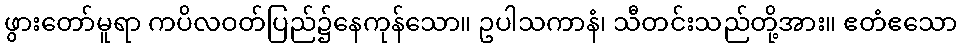
ဖွားတော်မူရာ ကပိလဝတ်ပြည်၌နေကုန်သော။ ဥပါသကာနံ၊ သီတင်းသည်တို့အား။ ဧတံဧသော